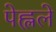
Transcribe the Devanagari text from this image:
पेह्लले